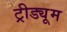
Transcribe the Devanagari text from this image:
ट्रीड्यूम